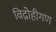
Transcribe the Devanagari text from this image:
विद्रोहीगण